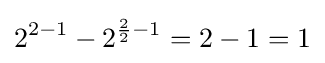
2^{2-1}-2^{{\frac {2}{2}}-1}=2-1=1